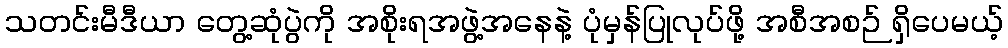
သတင်းမီဒီယာ တွေ့ဆုံပွဲကို အစိုးရအဖွဲ့အနေနဲ့ ပုံမှန်ပြုလုပ်ဖို့ အစီအစဉ် ရှိပေမယ့်